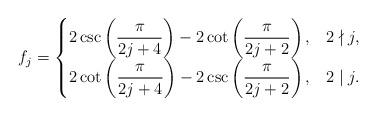
LaTeX: \begin{align*} f_j &= \begin{cases} 2 \csc\left( \dfrac{\pi}{2j+4} \right) - 2\cot\left( \dfrac{\pi}{2j+2} \right), & 2 \nmid j ,\\ 2 \cot\left( \dfrac{\pi}{2j+4} \right) - 2\csc\left( \dfrac{\pi}{2j+2} \right), & 2 \mid j . \end{cases} \end{align*}